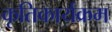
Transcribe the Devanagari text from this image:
कृतिकार्यक्रम